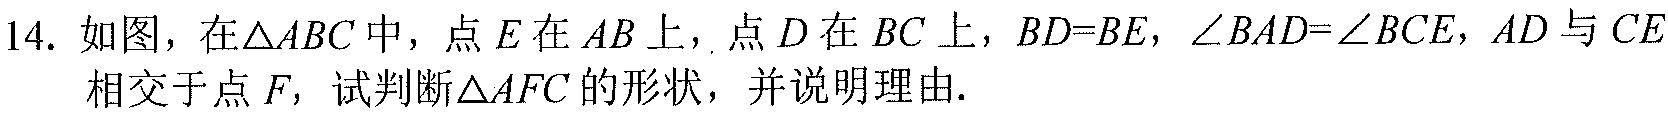
14. 如图，在\(\triangle ABC\)中，点\(E\)在\(AB\)上，点\(D\)在\(BC\)上，\(BD = BE\)，\(\angle BAD=\angle BCE\)，\(AD\)与\(CE\)相交于点\(F\)，试判断\(\triangle AFC\)的形状，并说明理由.